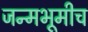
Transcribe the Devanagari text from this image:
जन्मभूमीच